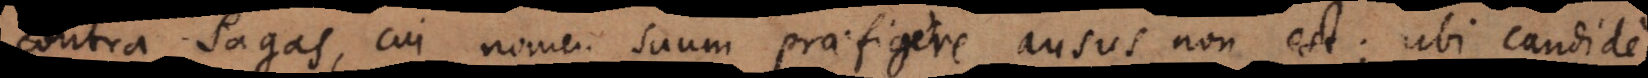
contra Sagas, cui nomen suum praefigere ausus non est; ubi candide